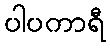
ပါပကာရီ